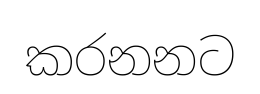
කරනනට